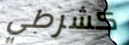
كشرطي